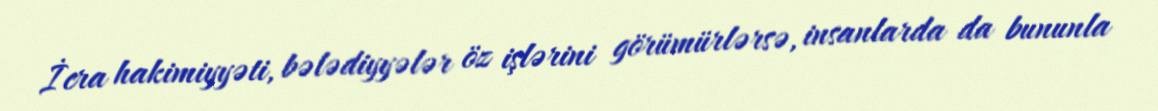
İcra hakimiyyəti, bələdiyyələr öz işlərini görümürlərsə, insanlarda da bununla